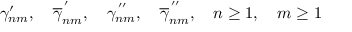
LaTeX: \gamma _ { n m } ^ { \prime } , \quad \overline { { { \gamma } } } _ { n m } ^ { \, ^ { \prime } } , \quad { \gamma } _ { n m } ^ { \, ^ { \prime \prime } } , \quad \overline { { { \gamma } } } _ { n m } ^ { \, ^ { \prime \prime } } , \quad n \geq 1 , \quad m \geq 1